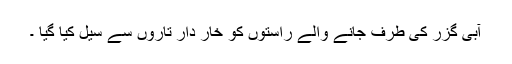
آبی گزر کی طرف جانے والے راستوں کو خار دار تاروں سے سیل کیا گیا ۔